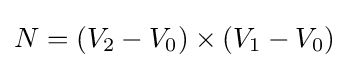
N=\left(V_{2}-V_{0}\right)\times \left(V_{1}-V_{0}\right)